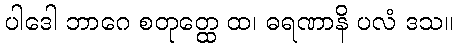
ပါဒေါ ဘာဂေ စတုတ္ထေ ထ၊ ဓရဏာနိ ပလံ ဒသ။